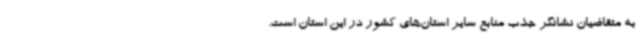
به متقاضیان نشانگر جذب منابع سایر استان‌های کشور در این استان است.